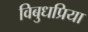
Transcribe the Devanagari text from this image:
विबुधप्रिया